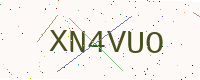
Text: XN4VUO